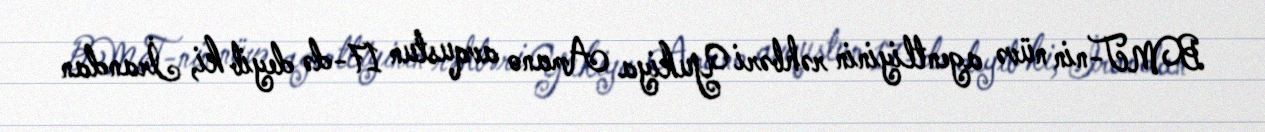
BMT-nin nüvə agentliyinin rəhbəri Yukiya Amano avqustun 17-də deyib ki, İrandan